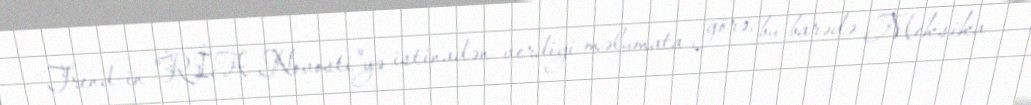
Trend-in "RİA Novosti"yə istinadən verdiyi məlumata görə, bu barədə Meksika